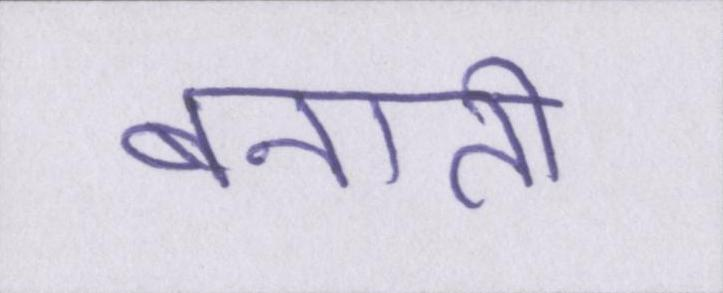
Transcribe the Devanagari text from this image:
बनाती